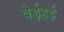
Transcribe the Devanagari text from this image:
वेईहई